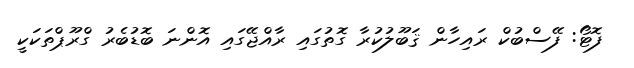
ފޮޓޯ: ފޭސްބުކް ރައިހާން ޤަބޫލުކުރާ ގޮތުގައި ރާއްޖޭގައި އޮންނަ ބޮޑުބެރު ގްރޫޕްތަކަކީ